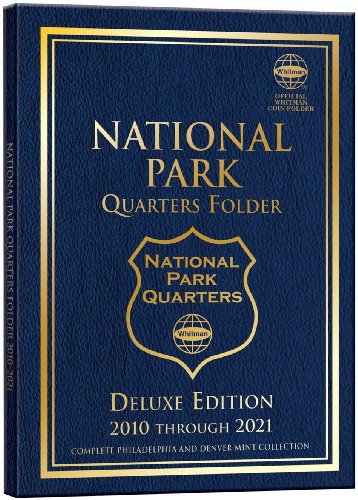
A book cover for Whitman Nat Park Blue Folder P&d 120 Hole; Whitman Publishing; Crafts, Hobbies & Home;